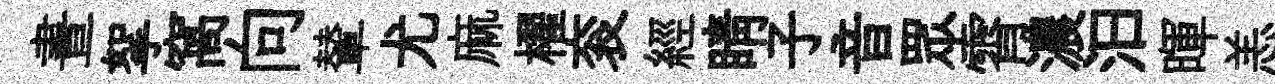
晝挐窩向輦尤麻櫂衮經睛子音眾霄濃汩暉恙